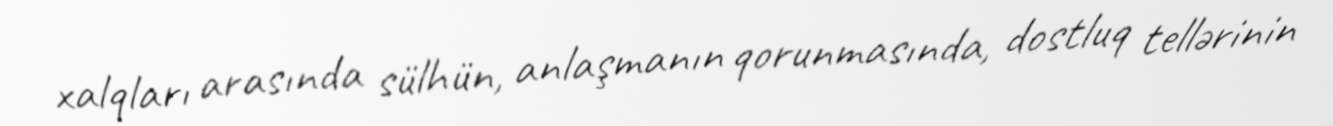
xalqları arasında sülhün, anlaşmanın qorunmasında, dostluq tellərinin